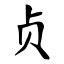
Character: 贞